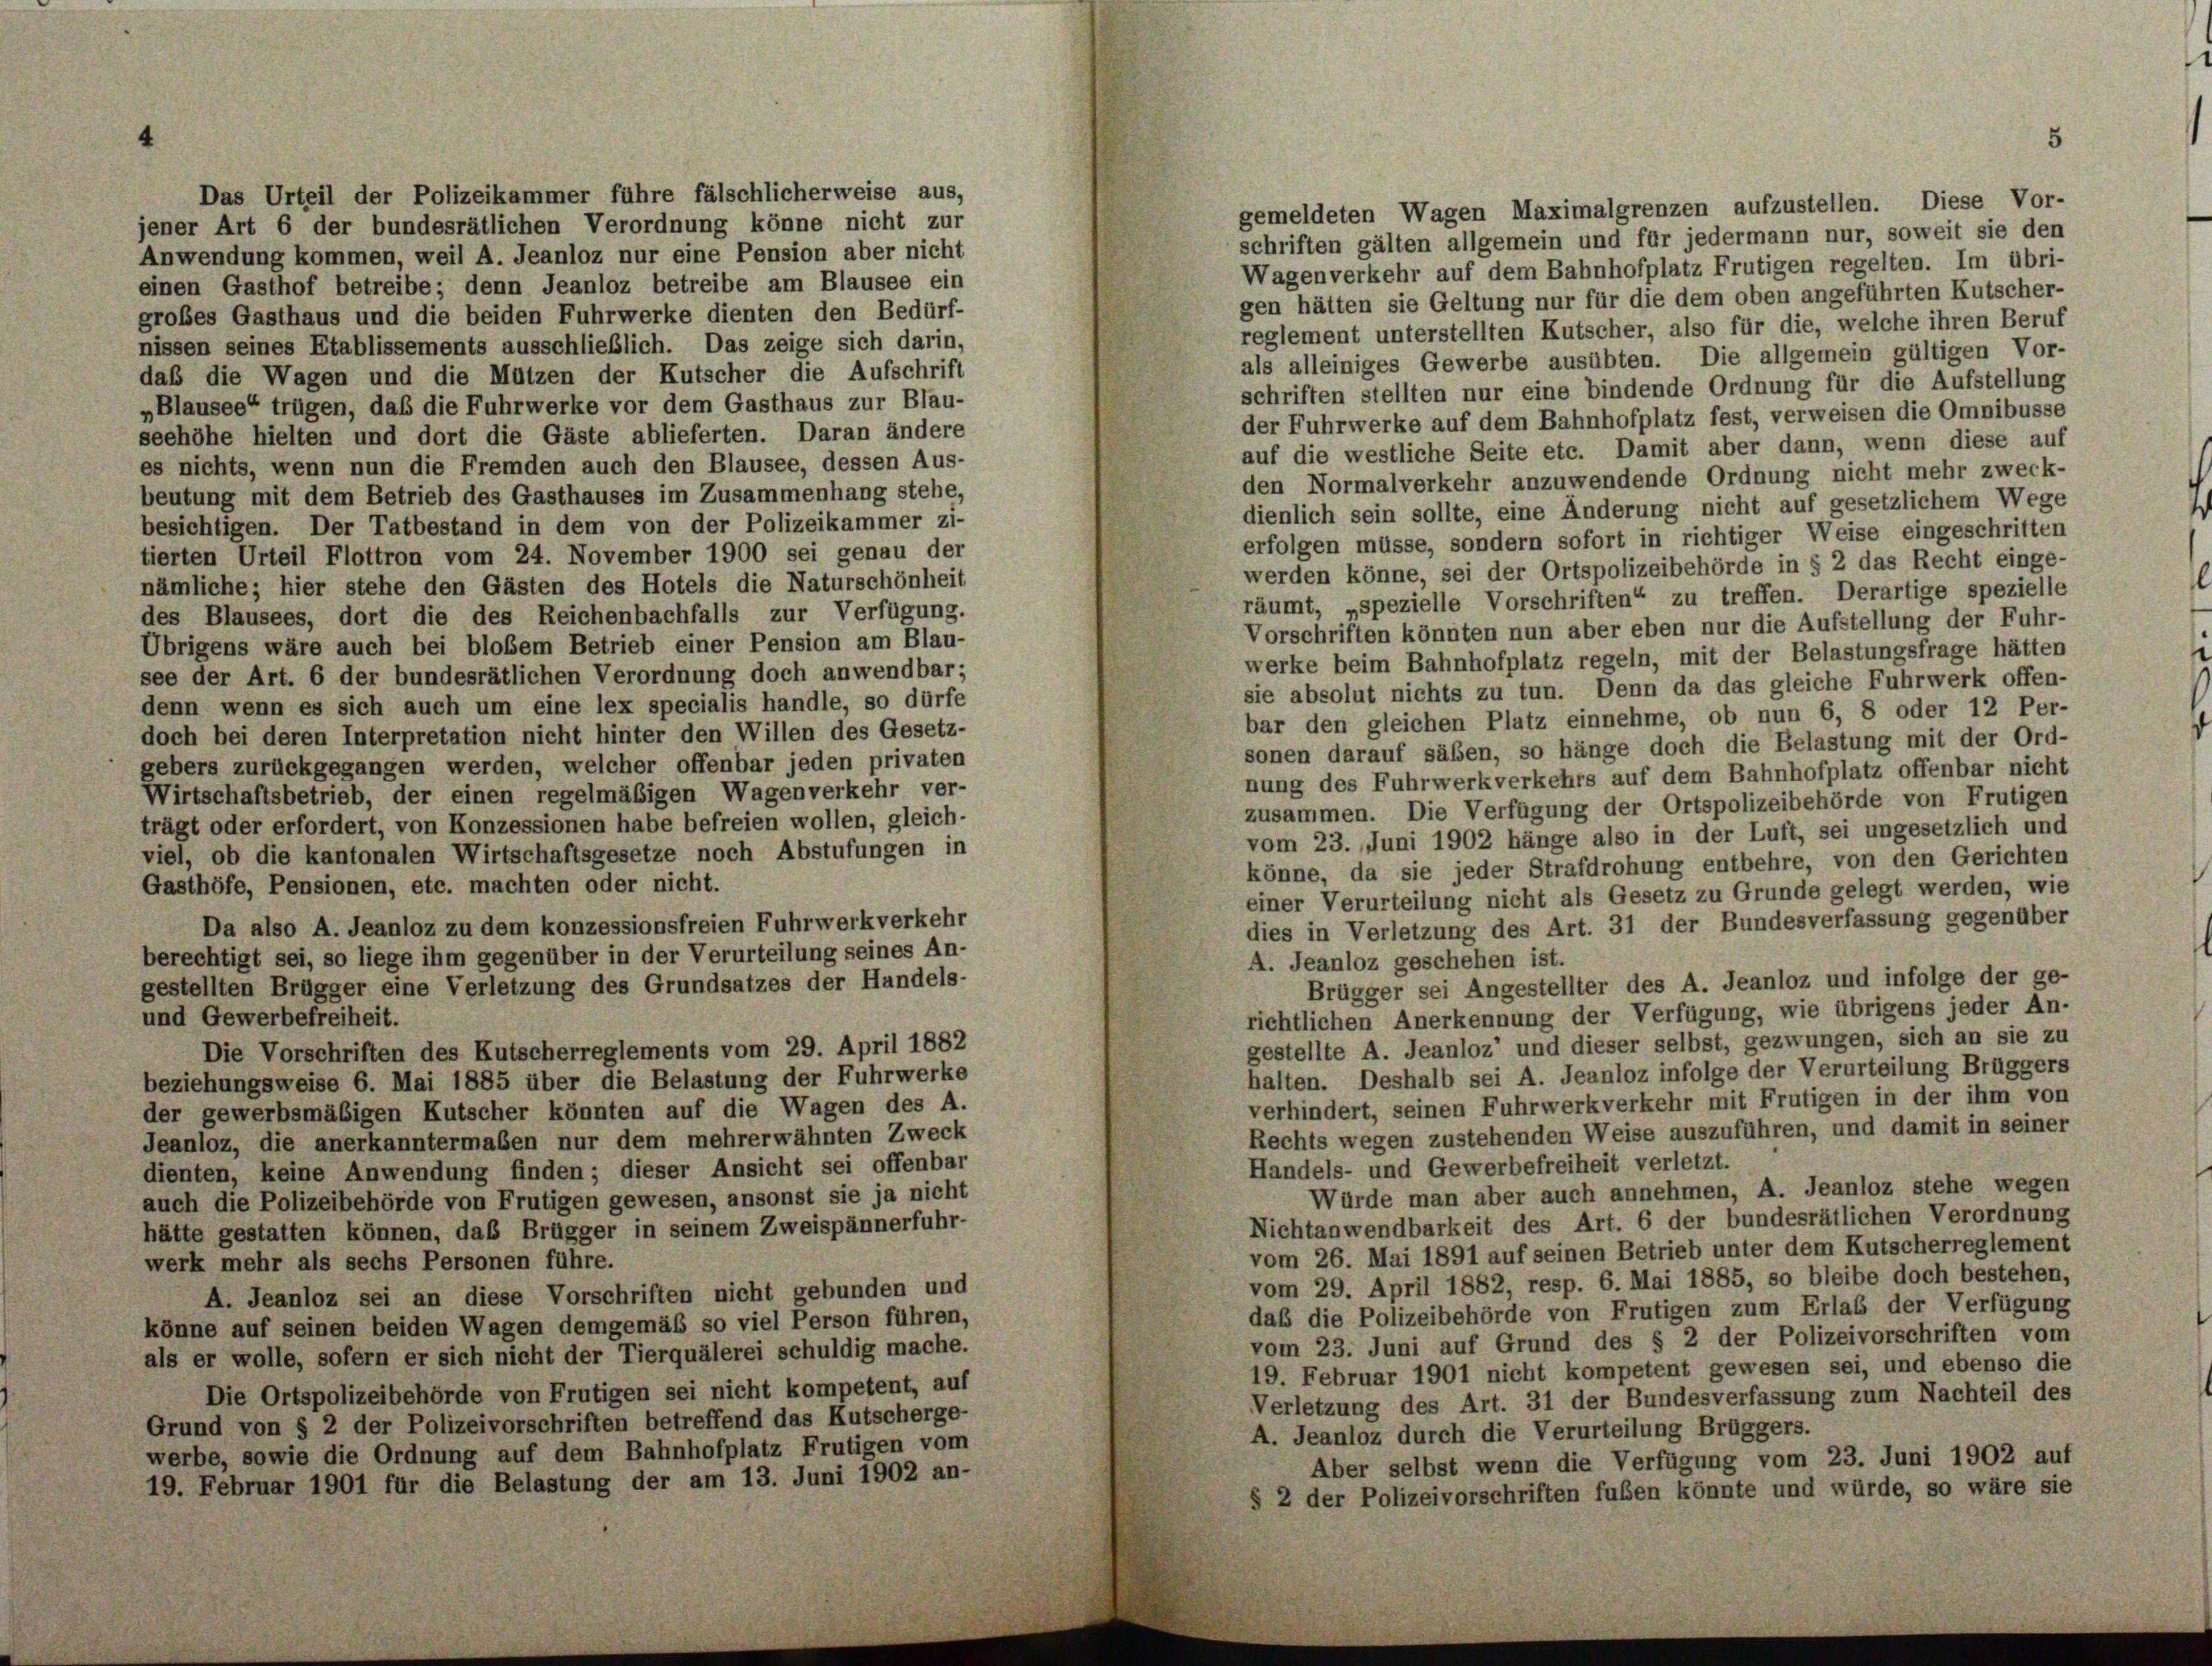
Das Urteil der Polizeikammer führe fälschlicherweise aus,
jener Art 6 der bundesrätlichen Verordnung könne nicht zur
Anwendung kommen, weil A. Jeanloz nur eine Pension aber nicht
einen Gasthof betreibe; denn Jeanloz betreibe am Blausee ein
großes Gasthaus und die beiden Fuhrwerke dienten den Bedürf-
nissen seines Etablissements ausschließlich. Das zeige sich darin,
daß die Wagen und die Mützen der Kutscher die Aufschrift
„Blausee“ trügen, daß die Fuhrwerke vor dem Gasthaus zur Blau-
seehöhe hielten und dort die Gäste ablieferten. Daran ändere
es nichts, wenn nun die Fremden auch den Blausee, dessen Aus-
beutung mit dem Betrieb des Gasthauses im Zusammenhang stehe,
besichtigen. Der Tatbestand in dem von der Polizeikammer zi-
tierten Urteil Flottron vom 24. November 1900 sei genau der
nämliche; hier stehe den Gästen des Hotels die Naturschönheit
des Blausees, dort die des Reichenbachfalls zur Verfügung.
Übrigens wäre auch bei blosem Betrieb einer Pension am Blau-
see der Art. 6 der bundesrätlichen Verordnung doch anwendbar;
denn wenn es sich auch um eine lex specialis handle, so dürfe
doch bei deren Interpretation nicht hinter den Willen des Gesetz-
gebers zurückgegangen werden, welcher offenbar jeden privaten
Wirtschaftsbetrieb, der einen regelmäßigen Wagenverkehr ver-
trägt oder erfordert, von Konzessionen habe befreien wollen, gleich-
viel, ob die kantonalen Wirtschaftsgesetze noch Abstufungen in
Gasthöfe, Pensionen, etc. machten oder nicht.
Da also A. Jeanloz zu dem konzessionsfreien Fuhrwerk verkehr
berechtigt sei, so liege ihm gegenüber in der Verurteilung seines An-
gestellten Brügger eine Verletzung des Grundsatzes der Handels-
und Gewerbefreiheit.
Die Vorschriften des Kutscherreglements vom 29. April 1882
beziehungsweise 6. Mai 1885 über die Belastung der Fuhrwerke
der gewerbsmäßigen Kutscher könnten auf die Wagen des A.
Jeanloz, die anerkanntermaßen nur dem mehrerwähnten Zweck
dienten, keine Anwendung finden; dieser Ansicht sei offenbar
auch die Polizeibehörde von Frutigen gewesen, ansonst sie ja nicht
hätte gestatten können, daß Brügger in seinem Zweispännerfuhr-
werk mehr als sechs Personen führe.
A. Jeanloz sei an diese Vorschriften nicht gebunden und
könne auf seinen beiden Wagen demgemäß so viel Person führen,
als er wolle, sofern er sich nicht der Tierquälerei schuldig mache.
Die Ortspolizeibehörde von Frutigen sei nicht kompetent, auf
Grund von § 2 der Polizeivorschriften betreffend das Kutscherge-
werbe, sowie die Ordnung auf dem Bahnhofplatz Frutigen vom
19. Februar 1901 für die Belastung der am 13. Juni 1902 an-

gemeldeten Wagen Maximalgrenzen aufzustellen. Diese Vor-
schriften gälten allgemein und für jedermann nur, soweit sie den
Wagenverkehr auf dem Bahnhofplatz Frutigen regelten. Im übri-
gen hätten sie Geltung nur für die dem oben angeführten Kutscher-
reglement unterstellten Kutscher, also für die, welche ihren Beruf
als alleiniges Gewerbe ausübten. Die allgemein gültigen Vor-
schriften stellten nur eine bindende Ordnung für die Aufstellung
der Fuhrwerke auf dem Bahnhofplatz fest, verweisen die Omnibusse
auf die westliche Seite etc. Damit aber dann, wenn diese auf
den Normalverkehr anzuwendende Ordnung nicht mehr zweck-
dienlich sein sollte, eine Änderung nicht auf gesetzlichem Wege
erfolgen müsse, sondern sofort in richtiger Weise eingeschritten
werden könne, sei der Ortspolizeibehörde in § 2 das Recht einge-
räumt, „spezielle Vorschriften“ zu treffen. Derartige spezielle
Vorschriften könnten nun aber eben nur die Aufstellung der Fuhr-
werke beim Bahnhofplatz regeln, mit der Belastungsfrage hätten
sie absolut nichts zu tun. Denn da das gleiche Fuhrwerk offen-
bar den gleichen Platz einnehme, ob nun 6, 8 oder 12 Per-
sonen darauf säben, so hänge doch die Belastung mit der Ord-
nung des Fuhrwerkverkehrs auf dem Bahnhofplatz offenbar nicht
zusammen. Die Verfügung der Ortspolizeibehörde von Frutigen
vom 23. Juni 1902 hänge also in der Luft, sei ungesetzlich und
könne, da sie jeder Strafdrohung entbehre, von den Gerichten
einer Verurteilung nicht als Gesetz zu Grunde gelegt werden, wie
dies in Verletzung des Art. 31 der Bundesverfassung gegenüber
A. Jeanloz geschehen ist.
Brügger sei Angestellter des A. Jeanloz und infolge der ge-
richtlichen Anerkennung der Verfügung, wie übrigens jeder An-
gestellte A. Jeanloz’ und dieser selbst, gezwungen, sich an sie zu
halten. Deshalb sei A. Jeanloz infolge der Verurteilung Brüggers
verhindert, seinen Fuhrwerkverkehr mit Frutigen in der ihm von
Rechts wegen zustehenden Weise auszuführen, und damit in seiner
Handels- und Gewerbefreiheit verletzt.
Würde man aber auch annehmen, A. Jeanloz stehe wegen
Nichtanwendbarkeit des Art. 6 der bundesrätlichen Verordnung
vom 26. Mai 1891 auf seinen Betrieb unter dem Kutscherreglement
vom 29. April 1882, resp. 6. Mai 1885, so bleibe doch bestehen,
daß die Polizeibehörde von Frutigen zum Erlaß der Verfügung
vom 23. Juni auf Grund des § 2 der Polizeivorschriften vom
19. Februar 1901 nicht kompetent gewesen sei, und ebenso die
Verletzung des Art. 31 der Bundesverfassung zum Nachteil des
A. Jeanloz durch die Verurteilung Brüggers.
Aber selbst wenn die Verfügung vom 23. Juni 1902 auf
§ 2 der Polizeivorschriften fuben könnte und würde, so wäre sie